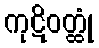
ကုဋိဝတ္ထုံ